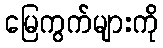
မြေကွက်များကို